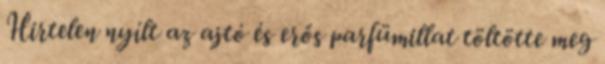
Hirtelen nyílt az ajtó és erős parfümillat töltötte meg